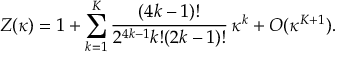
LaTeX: Z ( \kappa ) = 1 + \sum _ { k = 1 } ^ { K } { \frac { ( 4 k - 1 ) ! } { 2 ^ { 4 k - 1 } k ! ( 2 k - 1 ) ! } } \, \kappa ^ { k } + { \cal O } ( \kappa ^ { K + 1 } ) .